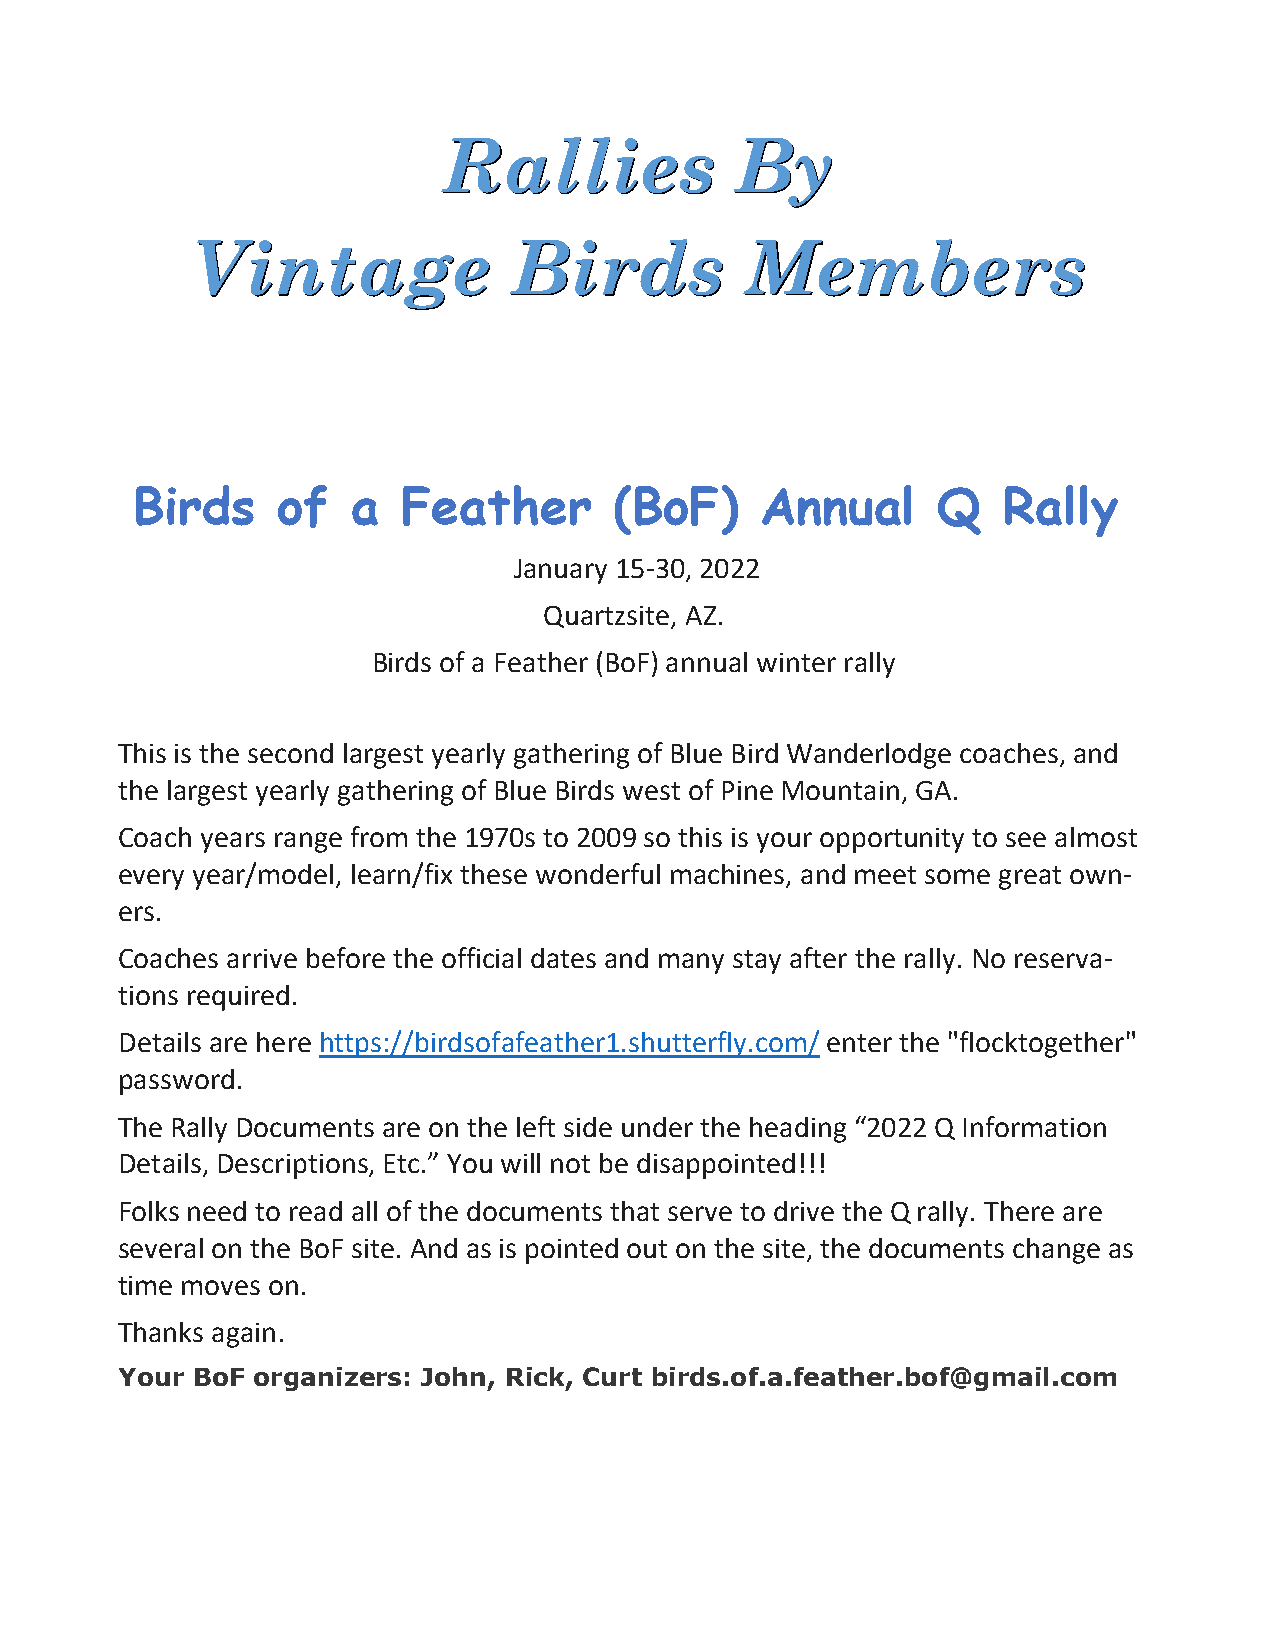
Rallies             By
 Vintage              Birds          Members
 Birds    of   a   Feather       (BoF)    Annual      Q   Rally
 January 15-30, 2022
 Quartzsite, AZ.
 Birds of a Feather (BoF) annual winter rally
 This is the second largest yearly gathering of Blue Bird Wanderlodge coaches, and
 the largest yearly gathering of Blue Birds west of Pine Mountain, GA.
 Coach years range from the 1970s to 2009 so this is your opportunity to see almost
 every year/model, learn/fix these wonderful machines, and meet some great own-
 ers.
 Coaches arrive before the official dates and many stay after the rally. No reserva-
 tions required.
 Details are here https://birdsofafeather1.shutterfly.com/ enter the "flocktogether"
 password.
 The Rally Documents are on the left side under the heading “2022 Q Information
 Details, Descriptions, Etc.” You will not be disappointed!!!
 Folks need to read all of the documents that serve to drive the Q rally. There are
 several on the BoF site. And as is pointed out on the site, the documents change as
 time moves on.
 Thanks again.
 Your BoF organizers: John, Rick, Curt birds.of.a.feather.bof@gmail.com